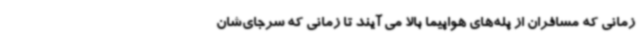
زمانی که مسافران از پله‌های هواپیما بالا می آیند تا زمانی که سرجای‌شان